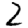
Digit: 2